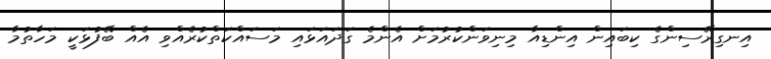
އިނގިރޭސިންގެ ކިބައިން އިންޑިއާ މިނިވަންކުރުމަށް އެންމެ ގަދައަޅައި މަސައްކަތްކުރެއްވި އެއް ބޭފުޅަކީ މަހާތުމާ